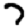
Digit: 7